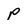
Character: P